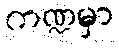
ကဏ္ဍမှာ